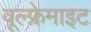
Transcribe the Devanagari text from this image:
वूल्फ्रेमाइट